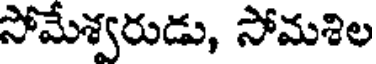
సోమేశ్వరుడు, సోమశిల